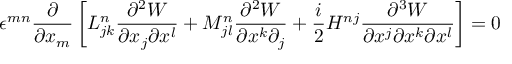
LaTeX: \epsilon ^ { m n } \displaystyle \frac { \partial } { \partial x _ { m } } \left[ L _ { j k } ^ { n } \frac { \partial ^ { 2 } W } { \partial x _ { j } \partial x ^ { l } } + M _ { j l } ^ { n } \frac { \partial ^ { 2 } W } { \partial x ^ { k } \partial _ { j } } + \frac { i } { 2 } H ^ { n j } \frac { \partial ^ { 3 } W } { \partial x ^ { j } \partial x ^ { k } \partial x ^ { l } } \right] = 0